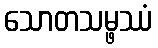
သောတသမ္ဖဿံ